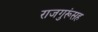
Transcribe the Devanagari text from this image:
राजगुरूंसह